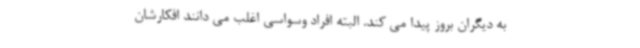
به دیگران بروز پیدا می کند. البته افراد وسواسی اغلب می دانند افکارشان